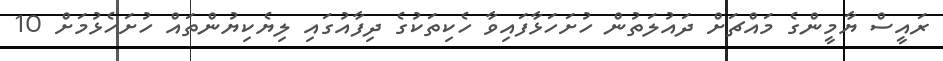
ރައީސް ޔާމީންގެ މައްޗަށް ދައުލަތުން ހުށަހަޅާފައިވާ ހެކިތަކުގެ ދިފާއުގައި ލިޔެކިޔުންތައް ހުށަހެޅުމަށް 10